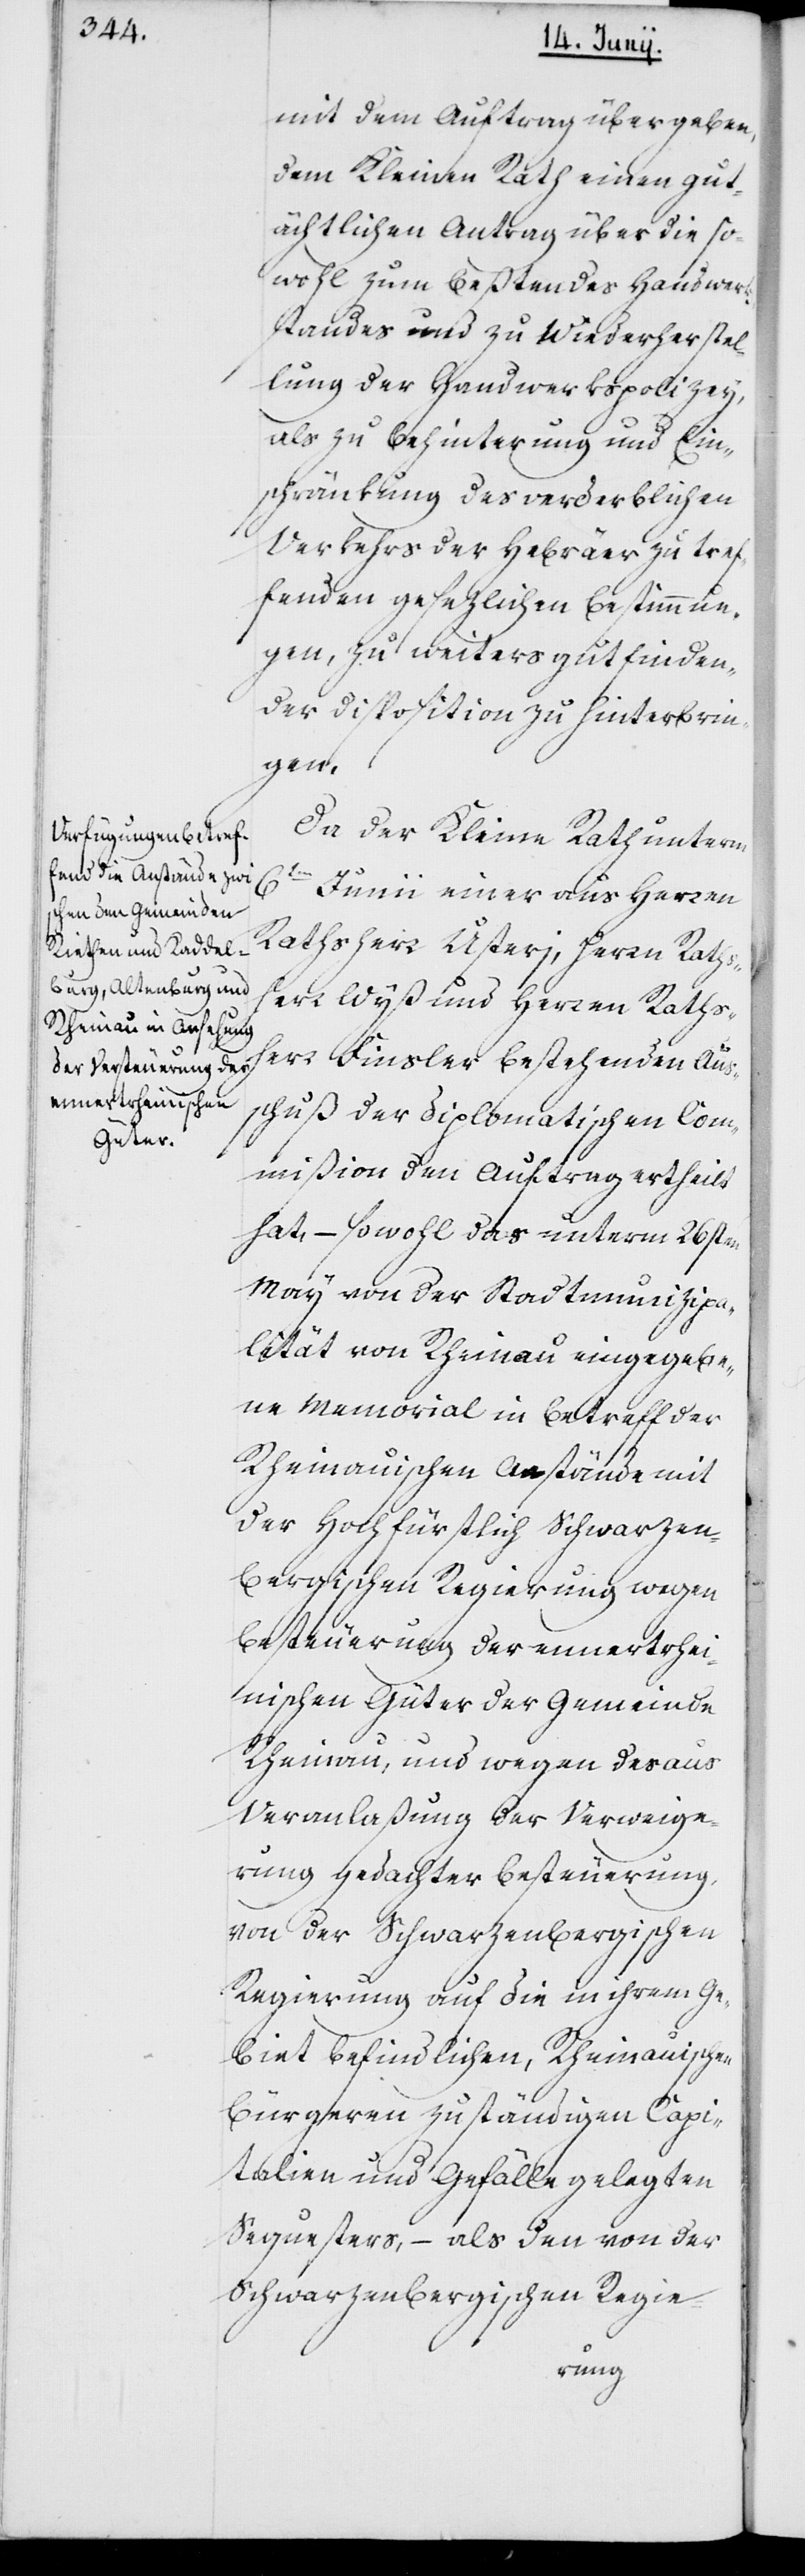
mit dem Auftrag übergeben,
dem Kleinen Rath einen gut¬
ächtlichen Antrag über die so¬
wohl zum Besten des Handwerk¬
sstandes und zu Wiederherstel¬
lung der Handwerkspolizey,
als zu Behinterung und Ein¬
schränkung des verderblichen
Verkehrs der Hebräer zu tref¬
fenden gesezlichen Bestimmun¬
gen, zu weiters gut finden¬
der Disposition zu hinterbrin¬
gen.
Da der Kleine Rath unterm
6ten Juni einer aus Herren
Rathsherr Usterj, Herrn Rathsh¬
err Wyß und Herren Raths¬
herr Finsler bestehenden Aus¬
schuß der Diplomatischen Com¬
mißion den Auftrag ertheilt
hat, – sowohl das unterm 26sten
May von der Stadtmunizipa¬
lität von Rheinau eingegebe¬
ne Memorial in Betreff der
Rheinauischen Anstände mit
der Hochfürstlich Schwarzen¬
bergischen Regierung wegen
Besteuerung der ennertrhei¬
nischen Güter der Gemeinde
Rheinau, und wegen der aus
Veranlaßung der Verweige¬
rung gedachter Besteuerung,
von der Schwarzenbergischen
Regierung auf die in ihrem Ge¬
biet befindlichen, Rheinauischen
Bürgeren zuständigen Capi¬
talien und Gefälle gelegten
Sequesters, – als den von der
Schwarzenbergischen Regie-